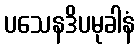
ပသေနဒိပမုခါနံ